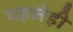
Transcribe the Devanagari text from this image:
पहलेही